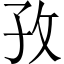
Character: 孜